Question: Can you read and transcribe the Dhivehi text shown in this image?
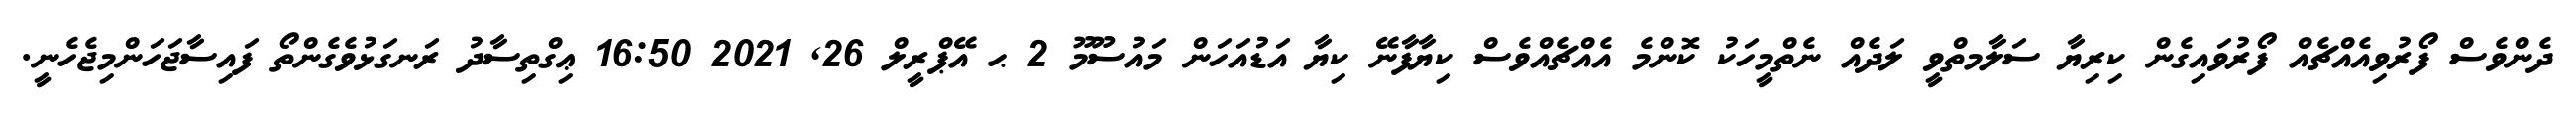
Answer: ދެންވެސް ފޯރުވިއެއްޗެއް ފޯރުވައިގެން ކިރިޔާ ސަލާމތްވީ ލަދެއް ނެތްމީހަކު ކޮންމެ އެއްޗެއްވެސް ކިޔާފާނޭ ކިޔާ އަޑުއަހަން މައުސޫމޫ 2 ޙ އޭޕްރީލް 26, 2021 16:50 ޢިގްތިސާދު ރަނގަޅުވެގެންތޯ ފައިސާޖަހަންމިޖެހެނީ.